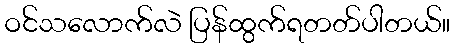
ဝင်သလောက်လဲ ပြန်ထွက်ရတတ်ပါတယ်။